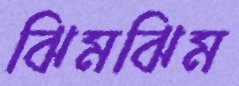
ঝিমঝিম